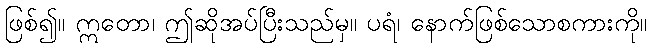
ဖြစ်၍။ ဣတော၊ ဤဆိုအပ်ပြီးသည်မှ။ ပရံ၊ နောက်ဖြစ်သောစကားကို။